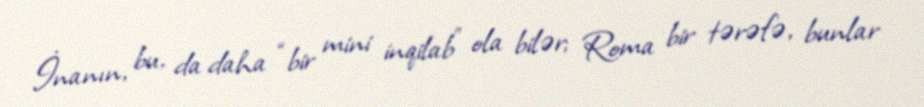
İnanın, bu, da daha “bir mini inqilab” ola bilər; Roma bir tərəfə, bunlar